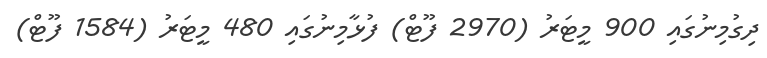
ދިގުމިނުގައި 900 މީޓަރު (2970 ފޫޓް) ފުޅާމިނުގައި 480 މީޓަރު (1584 ފޫޓް)